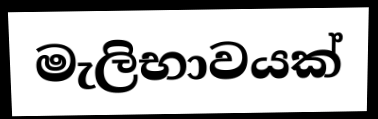
මැලිභාවයක්